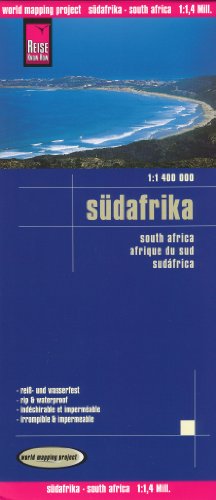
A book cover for South Africa, Lesotho & Swaziland 1:1,400,000 Travel Map, waterproof, GPS-compatible REISE; Reise Knowhow; Travel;